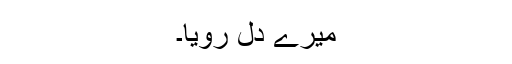
میرے دل رویا۔